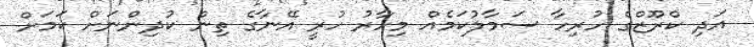
އަދި ކްރޫޒްގެ ހުރިހާ ސަމާލުކަމެއް މިހާރު ހުރީ އޭނާގެ ތިން ކުދިންނަށް ކަމަށް